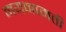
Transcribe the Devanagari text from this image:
मयनामती